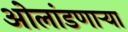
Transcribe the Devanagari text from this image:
ओलांडणाऱ्या